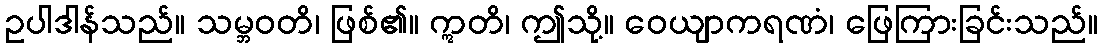
ဥပါဒါန်သည်။ သမ္ဘဝတိ၊ ဖြစ်၏။ ဣတိ၊ ဤသို့။ ဝေယျာကရဏံ၊ ဖြေကြားခြင်းသည်။